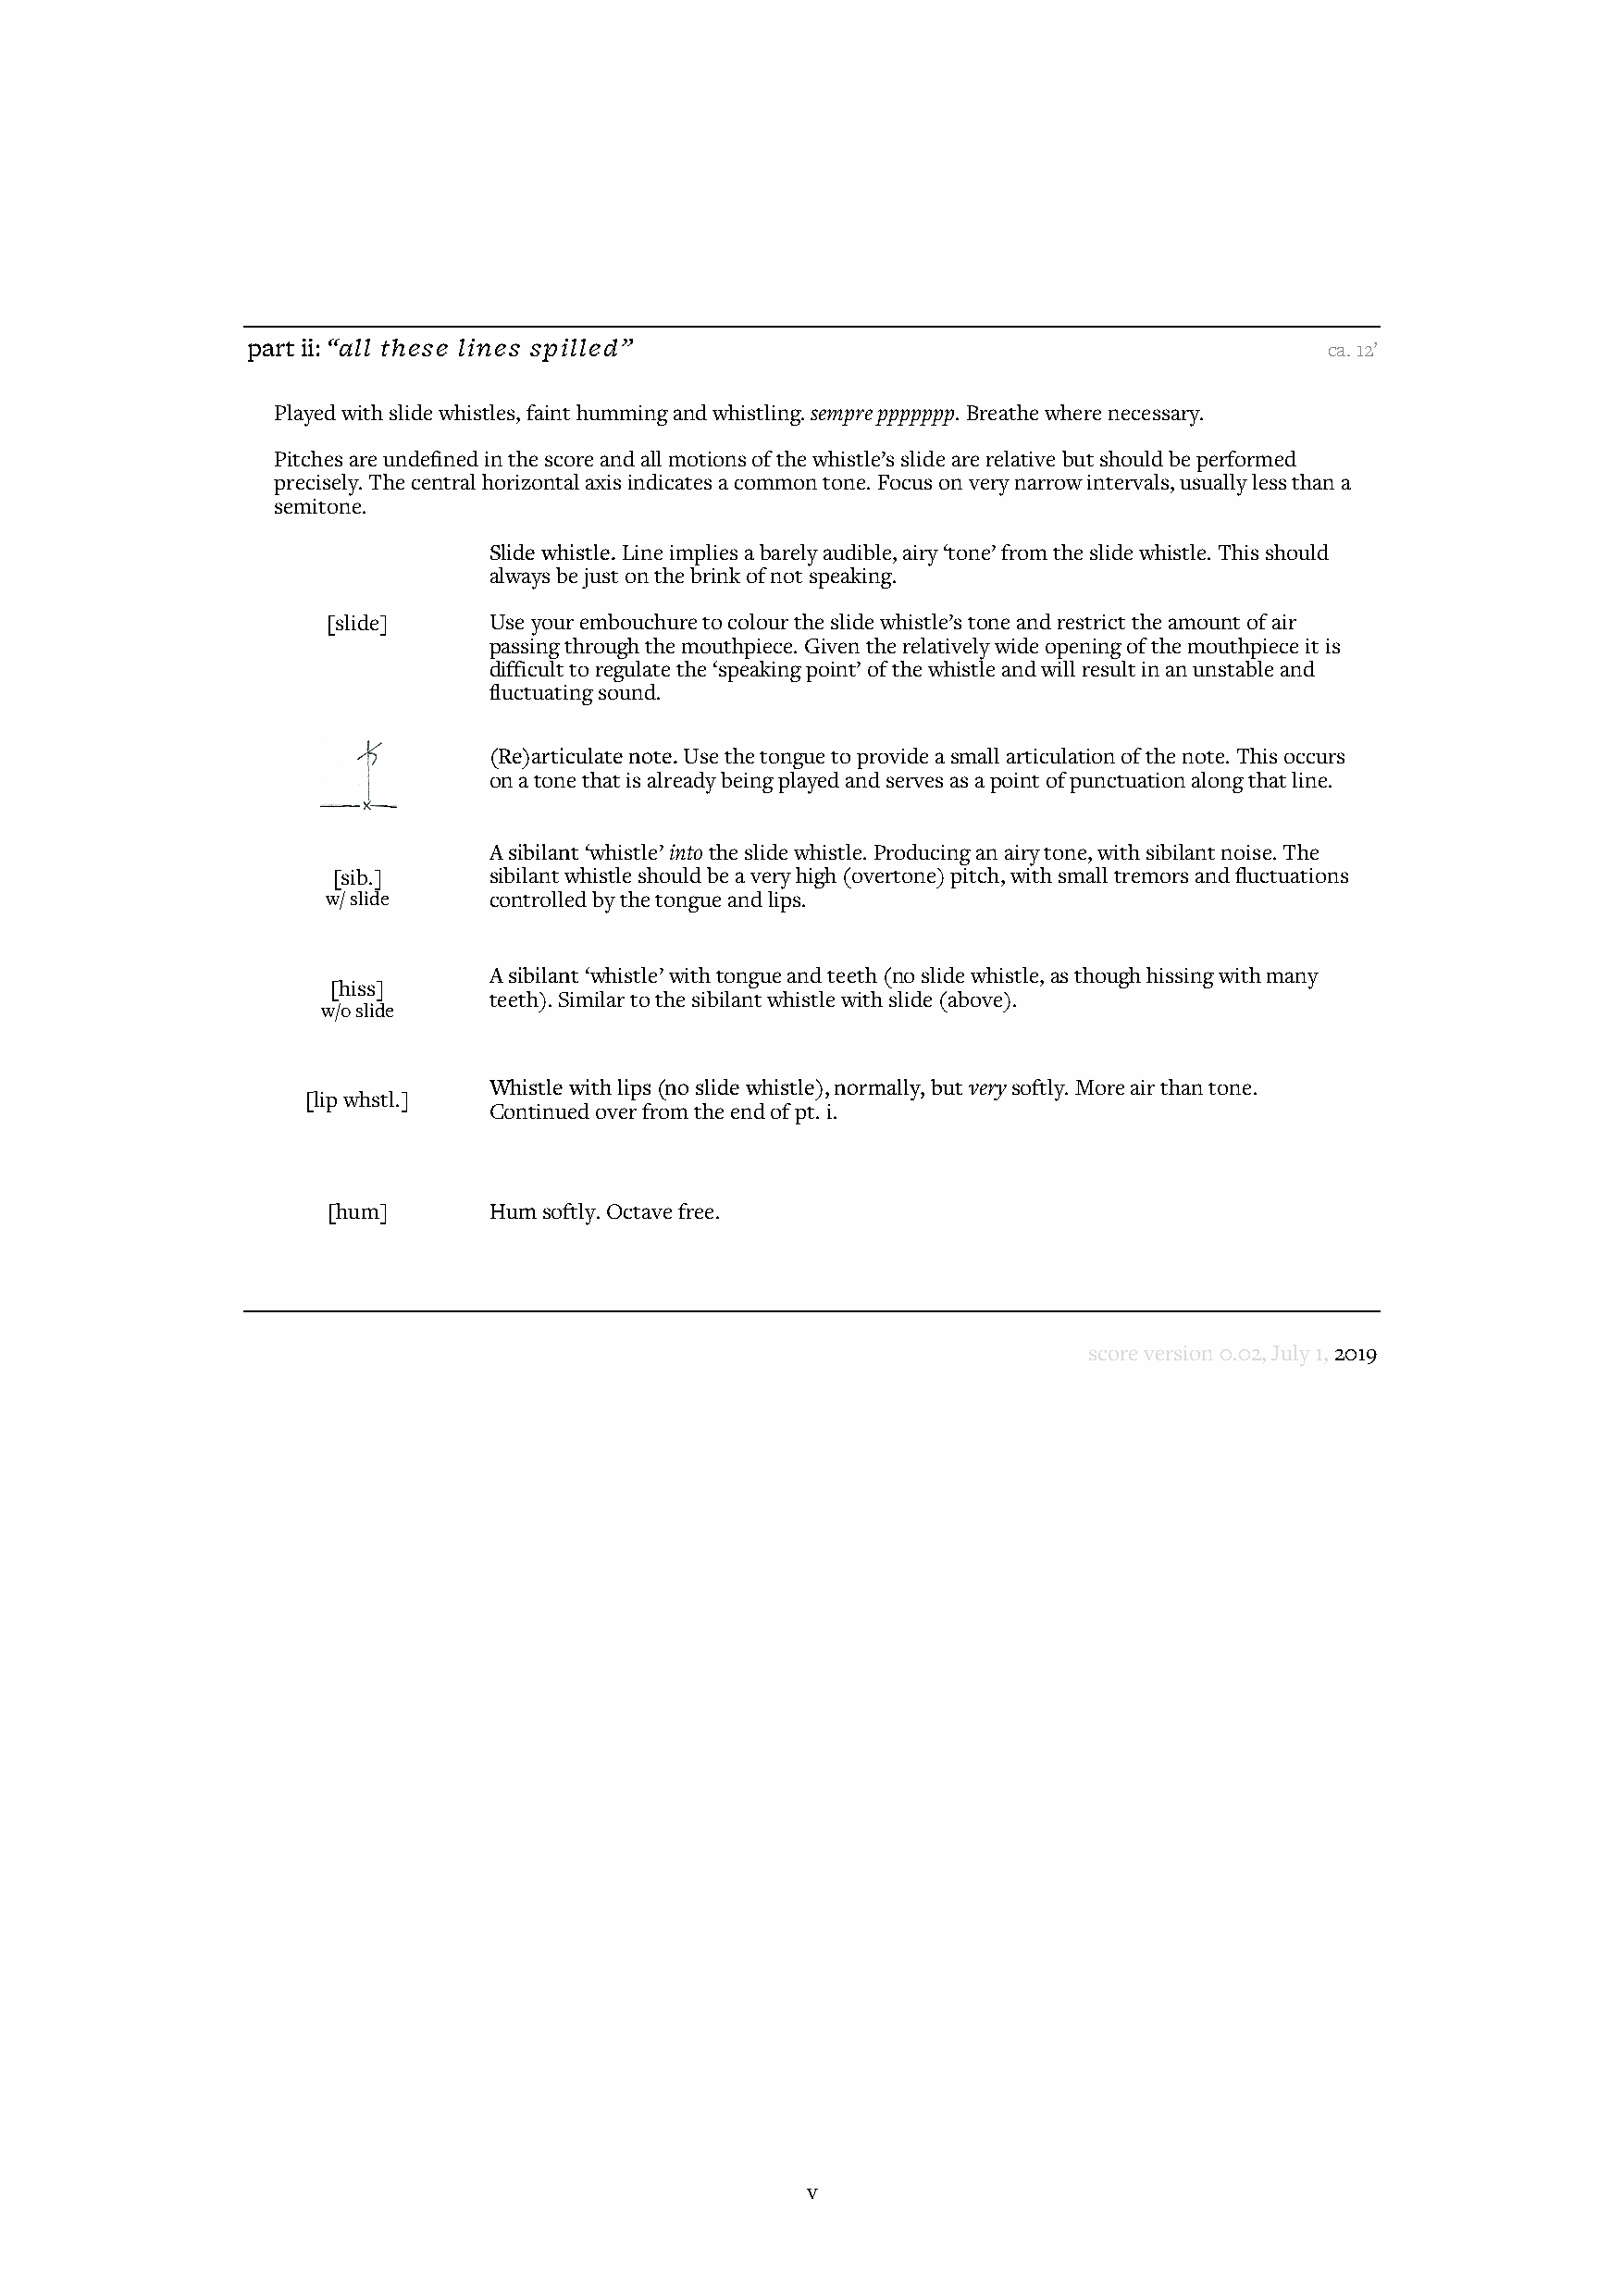
part ii: “all these lines spilled”
 ca. 12’
 Played with slide whistles, faint humming and whistling. sempre ppppppp. Breathe where necessary.
 Pitches are undefined in the score and all motions of the whistle’s slide are relative but should be performed
 precisely. The central horizontal axis indicates a common tone. Focus on very narrow intervals, usually less than a
 semitone.
 Slide whistle. Line implies a barely audible, airy ‘tone’ from the slide whistle. This should
 always be just on the brink of not speaking.
 [slide]     Use your embouchure to colour the slide whistle’s tone and restrict the amount of air
 passing through the mouthpiece. Given the relatively wide opening of the mouthpiece it is
 difficult to regulate the ‘speaking point’ of the whistle and will result in an unstable and
 fluctuating sound.
 (Re)articulate note. Use the tongue to provide a small articulation of the note. This occurs
 on a tone that is already being played and serves as a point of punctuation along that line.
 A sibilant ‘whistle’ into the slide whistle. Producing an airy tone, with sibilant noise. The
 [sib.]     sibilant whistle should be a very high (overtone) pitch, with small tremors and fluctuations
 w/ slide    controlled by the tongue and lips.
 A sibilant ‘whistle’ with tongue and teeth (no slide whistle, as though hissing with many
 [hiss]
 teeth). Similar to the sibilant whistle with slide (above).
 w/o slide
 Whistle with lips (no slide whistle), normally, but very softly. More air than tone.
 [lip whstl.]
 Continued over from the end of pt. i.
 [hum]       Hum softly. Octave free.
 score version 0.02, July 1, 2019
 v